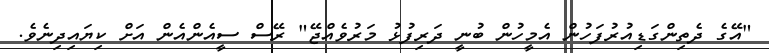
"އޭގެ ދެތިންގަޑިއުރުފަހުން އެމީހުން ބުނީ ދަރިފުޅު މަރުވެއްޖޭ" ރޭސް ސީއެންއެން އަށް ކިޔައިދިނެވެ.